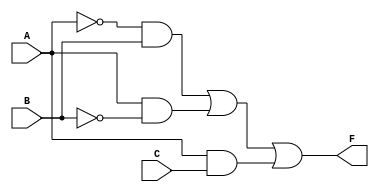
module multi_level_combinational_logic (
    input wire A,   // Input variable A
    input wire B,   // Input variable B
    input wire C,   // Input variable C
    output wire F   // Output of the logic function
);

// Stage 1: Intermediate signals
wire not_A;    // NOT A
wire not_B;    // NOT B
wire term_1;   // Intermediate term for A'B
wire term_2;   // Intermediate term for AB'
wire term_3;   // Intermediate term for AC

// Stage 2: Logic Gates
// Generate NOT of A and B
not u1 (not_A, A); // NOT A
not u2 (not_B, B); // NOT B

// Generate intermediate terms
and u3 (term_1, not_A, B); // A'B
and u4 (term_2, A, not_B); // AB'
and u5 (term_3, A, C);     // AC

// Stage 3: Final output generation
or u6 (F, term_1, term_2, term_3);  // F = A'B + AB' + AC

endmodule